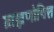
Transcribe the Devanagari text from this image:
ब्राह्मणोचित्त